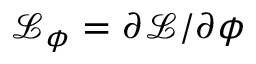
\mathcal { L } _ { \phi } = \partial \mathcal { L } / \partial \phi